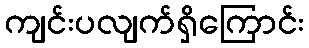
ကျင်းပလျက်ရှိကြောင်း